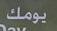
يومك